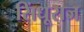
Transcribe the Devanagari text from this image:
सिंधूराज